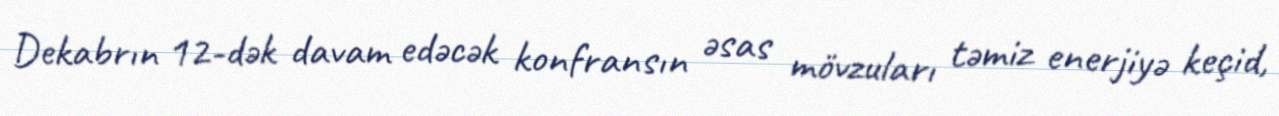
Dekabrın 12-dək davam edəcək konfransın əsas mövzuları təmiz enerjiyə keçid,